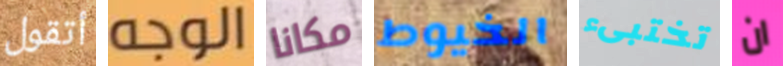
أتقول الوجه مكانا الخيوط تختبىء ان